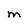
Character: M